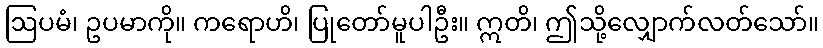
ဩပမံ၊ ဥပမာကို။ ကရောဟိ၊ ပြုတော်မူပါဦး။ ဣတိ၊ ဤသို့လျှောက်လတ်သော်။